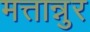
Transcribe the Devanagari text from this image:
मत्तान्नुर